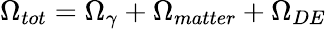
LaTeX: \Omega_{tot}=\Omega_{\gamma}+\Omega_{matter}+\Omega_{DE}